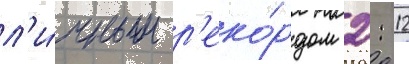
л'и́чным р'еко́рдом 2: 12